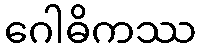
ဂေါဓိကဿ